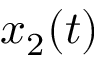
x _ { 2 } ( t )